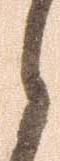
と